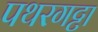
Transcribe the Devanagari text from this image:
पथरगट्टा